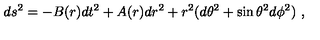
d s ^ { 2 } = - B ( r ) d t ^ { 2 } + A ( r ) d r ^ { 2 } + r ^ { 2 } ( d \theta ^ { 2 } + \sin \theta ^ { 2 } d \phi ^ { 2 } ) \ ,